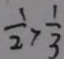
\frac { 1 } { 2 } > \frac { 1 } { 3 }